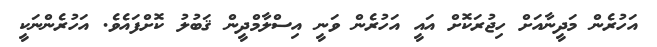
އަހުރެން މަދީނާއަށް ހިޖުރަކޮށް އައީ އަހުރެން ވަނީ އިސްލާމްދީން ޤަބުލު ކޮށްފައެވެ. އަހުރެންނަކީ